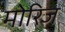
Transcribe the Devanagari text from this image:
मोरिज